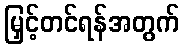
မြှင့်တင်ရန်အတွက်